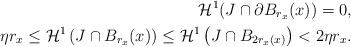
LaTeX: \begin{align*}\mathcal{H}^1(J \cap \partial B_{r_x}(x)) = 0, \\\eta r_x \leq \mathcal{H}^1\left(J \cap B_{r_x}(x)\right) \leq \mathcal{H}^1\left(J \cap B_{2r_x(x)}\right) < 2\eta r_x .\end{align*}